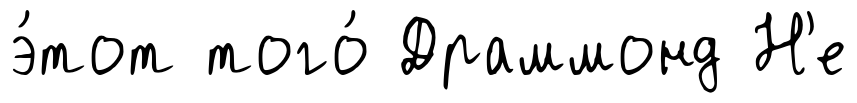
э́тот того́ Драммонд Н'е